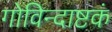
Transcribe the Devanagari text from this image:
गोविन्दाष्टकं